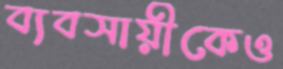
ব্যবসায়ীকেও